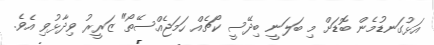
އަޅުގަނޑުމެން ބޮޑަށް މި ބަލަނީ ބިދޭސީ ކޯޗެއް ހަމަޖެއްސޭތޯ" ޒަރީރު ވިދާޅުވި އެވެ.